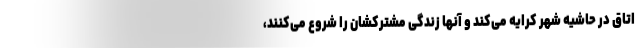
اتاق در حاشیه شهر کرایه می‌کند و آنها زندگی مشترکشان را شروع می‌کنند،